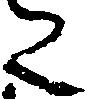
た